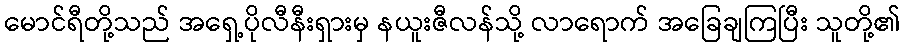
မောင်ရီတို့သည် အရှေ့ပိုလီနီးရှားမှ နယူးဇီလန်သို့ လာရောက် အခြေချကြပြီး သူတို့၏